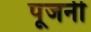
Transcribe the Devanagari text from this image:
पूजनी